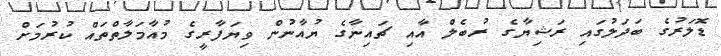
ޑޮލަރުގެ ބަދަލުގައި ރަޝިޔާގެ ރުބެލް އާއި ޗައިނާގެ ޔުއާނުން ވިޔަފާރީގެ މުއާމަލާތްތައް ކުރުމަށް